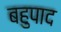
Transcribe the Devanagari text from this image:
बहुपाद